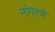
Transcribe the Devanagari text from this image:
नांगरणे